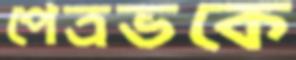
পেত্রভকে